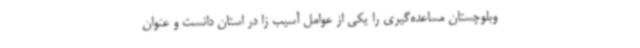
وبلوچستان مساعده‌گیری را یکی از عوامل آسیب زا در استان دانست و عنوان